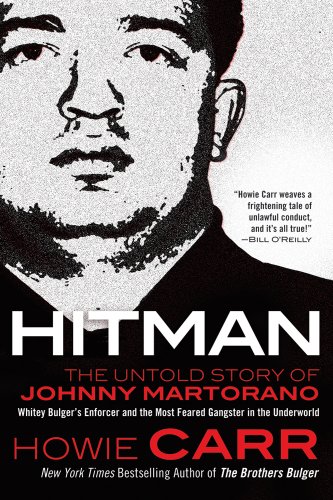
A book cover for Hitman: The Untold Story of Johnny Martorano: Whitey Bulger's Enforcer and the Most Feared Gangster in the Underworld; Howie Carr; Biographies & Memoirs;